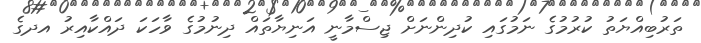
ތަރުބިއްޔަތު ކުރުމުގެ ނަމުގައި ކުދިންނަށް ޖިސްމާނީ އަނިޔާތައް ދިނުމުގެ ވާހަކަ ދައްކާއިރު އދގެ